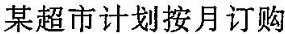
某超市计划按月订购